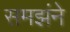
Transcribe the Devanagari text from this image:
समझंने